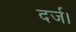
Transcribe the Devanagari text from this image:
दर्ज।